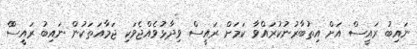
ނައިބު ރައީސް އަށް އިތުބާރުނުކުރައްވާ ކަމަށް ރައީސް ވިދާޅުވެއްޖެވަކި ޖަމާއަތަކުން ނައިބު ރައީސްް